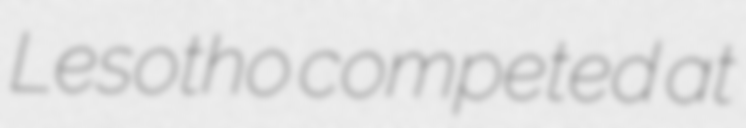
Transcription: Lesotho competed at